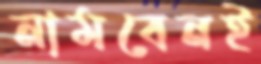
নামবেনই